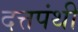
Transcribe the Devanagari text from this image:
दत्तपंथी